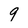
Character: 9